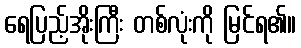
ရေပြည့်အိုးကြီး တစ်လုံးကို မြင်ရ၏။